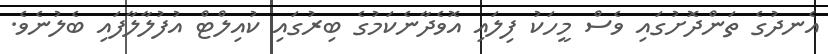
އެނދުގެ ތަންދޮށުގައި ވެސް މީހަކު ފިލައި އޮވެދާނެކަމުގެ ބިރުގައި ކުއިލްޓް އުފުލާލާފައި ބެލުނެވެ.